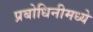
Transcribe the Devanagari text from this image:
प्रबोधिनीमध्ये